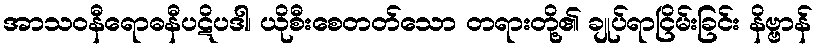
အာသဝနီရောဓနီပဋိပဒါ၊ ယိုစီးစေတတ်သော တရားတို့၏ ချုပ်ရာငြိမ်းခြင်း နိဗ္ဗာန်